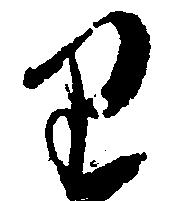
り